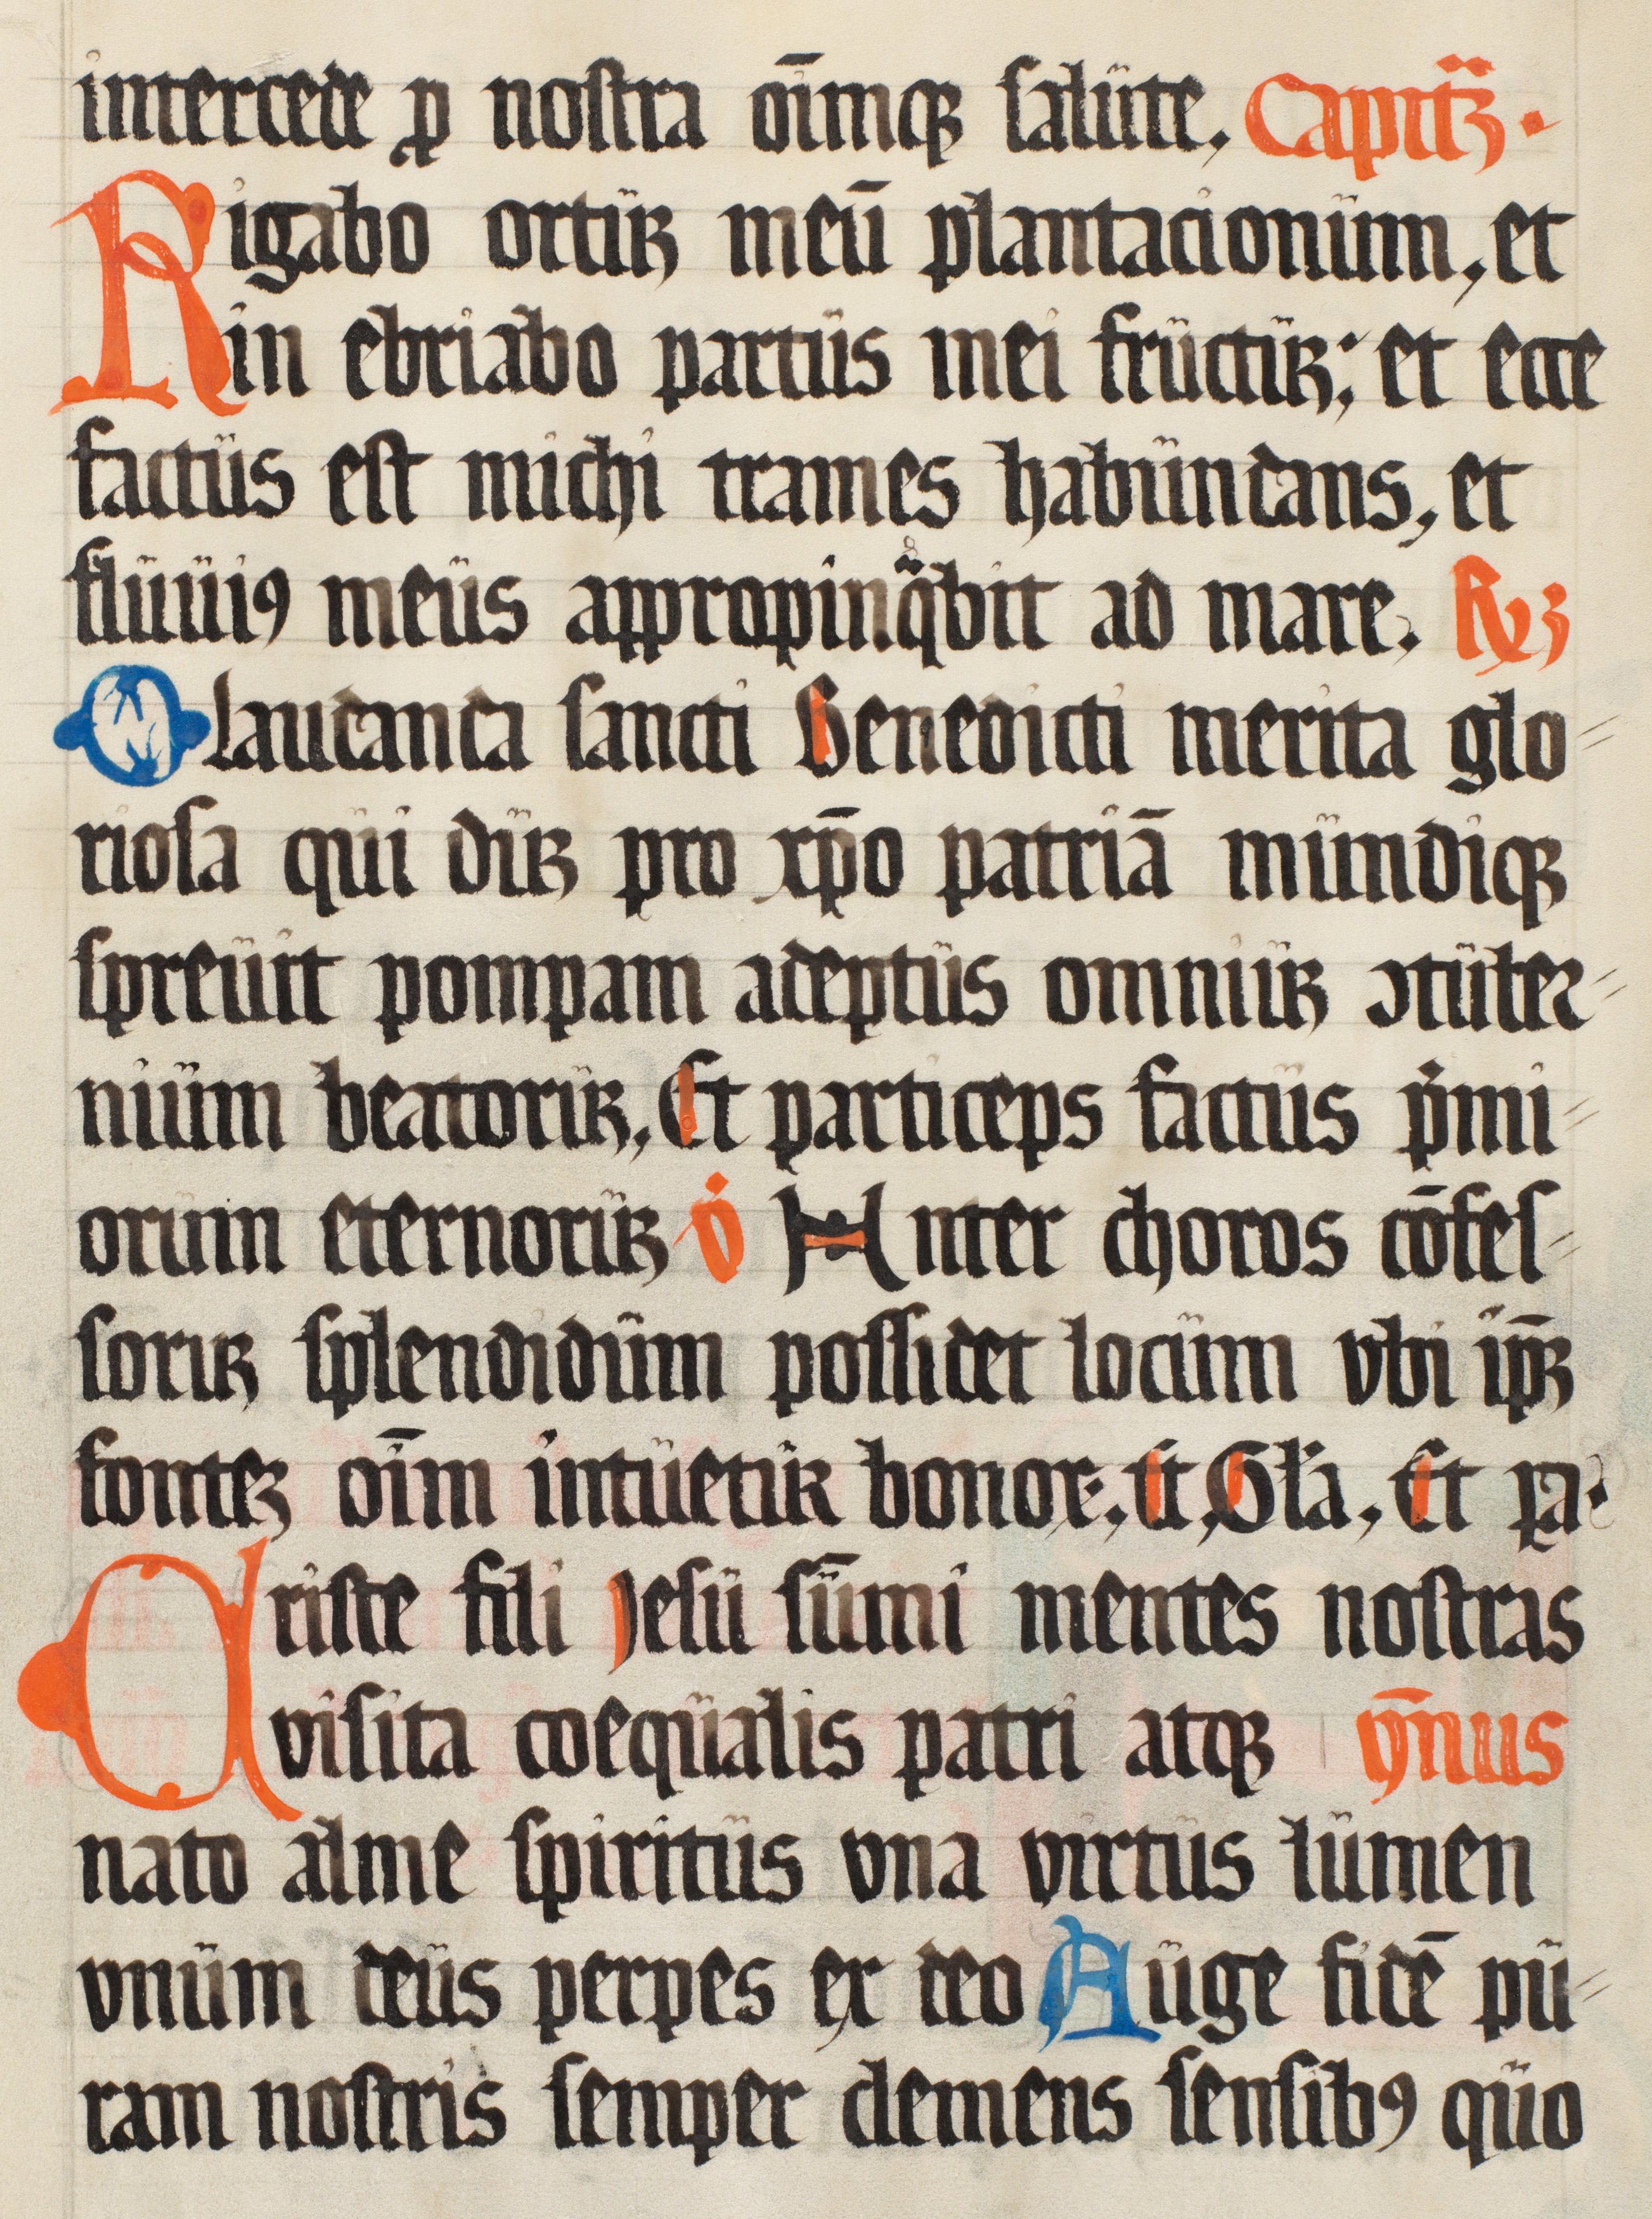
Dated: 1500–1599